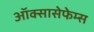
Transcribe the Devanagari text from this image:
ऑक्सासेफेम्स